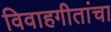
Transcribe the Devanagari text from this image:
विवाहगीतांचा